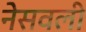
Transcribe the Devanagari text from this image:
नेसवली